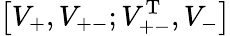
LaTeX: \big[V_{+},V_{+-};V_{+-}^{\mathrm{T}},V_{-}\big]